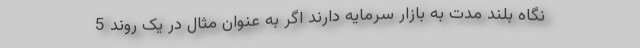
نگاه بلند مدت به بازار سرمایه دارند اگر به عنوان مثال در یک روند 5